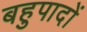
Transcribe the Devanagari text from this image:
बहुपादों